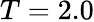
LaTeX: T=2.0